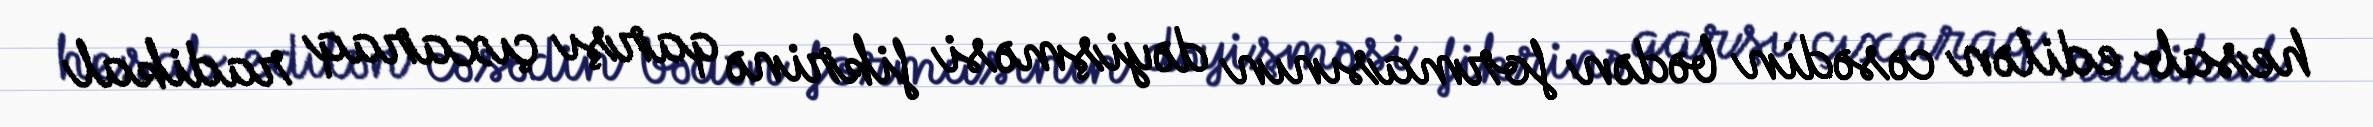
hesab edilən cəsədin bədən formasının dəyişməsi fikrinə qarşı çıxaraq radikal